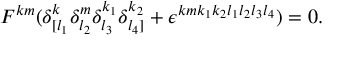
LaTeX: F ^ { k m } ( \delta _ { [ l _ { 1 } } ^ { k } \delta _ { l _ { 2 } } ^ { m } \delta _ { l _ { 3 } } ^ { k _ { 1 } } \delta _ { l _ { 4 } ] } ^ { k _ { 2 } } + \epsilon ^ { k m k _ { 1 } k _ { 2 } l _ { 1 } l _ { 2 } l _ { 3 } l _ { 4 } } ) = 0 .